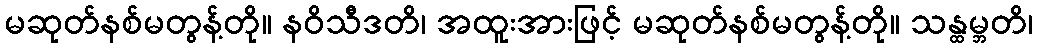
မဆုတ်နစ်မတွန့်တို။ နဝိသီဒတိ၊ အထူးအားဖြင့် မဆုတ်နစ်မတွန့်တို။ သန္ထမ္ဘတိ၊